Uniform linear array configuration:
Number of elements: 24
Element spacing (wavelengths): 0.25
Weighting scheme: uniform
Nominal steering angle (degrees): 45
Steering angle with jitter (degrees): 43.206
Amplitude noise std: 0.05
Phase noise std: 0.05

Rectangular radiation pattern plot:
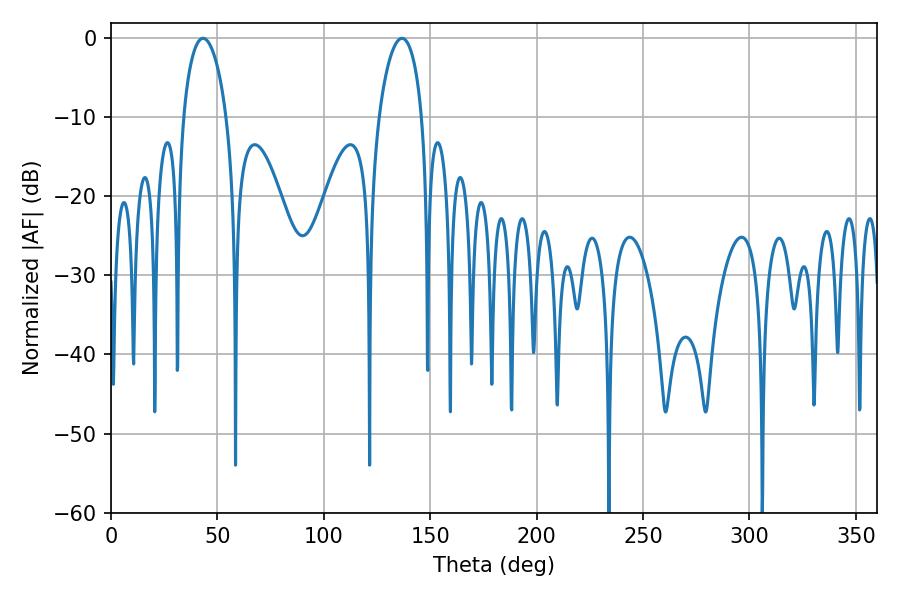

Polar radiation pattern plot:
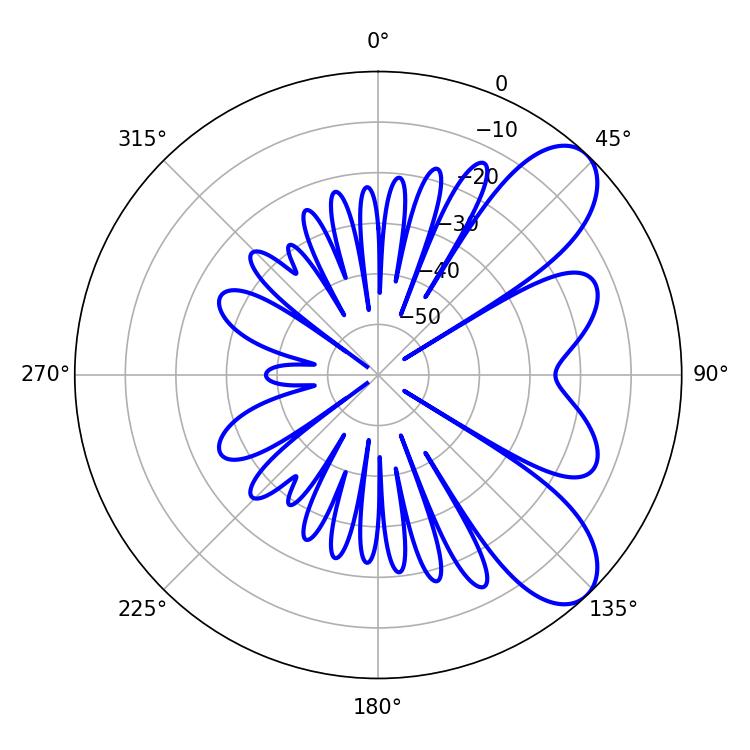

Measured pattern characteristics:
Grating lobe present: FALSE
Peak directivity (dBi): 8.06
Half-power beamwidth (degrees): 11.52
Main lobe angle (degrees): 43.2